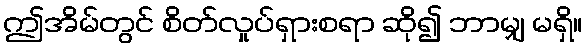
ဤအိမ်တွင် စိတ်လှုပ်ရှားစရာ ဆို၍ ဘာမျှ မရှိ။